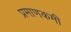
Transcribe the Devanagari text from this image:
प्रमाणकमी